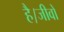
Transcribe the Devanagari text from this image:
है।जीवों